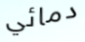
دمائي